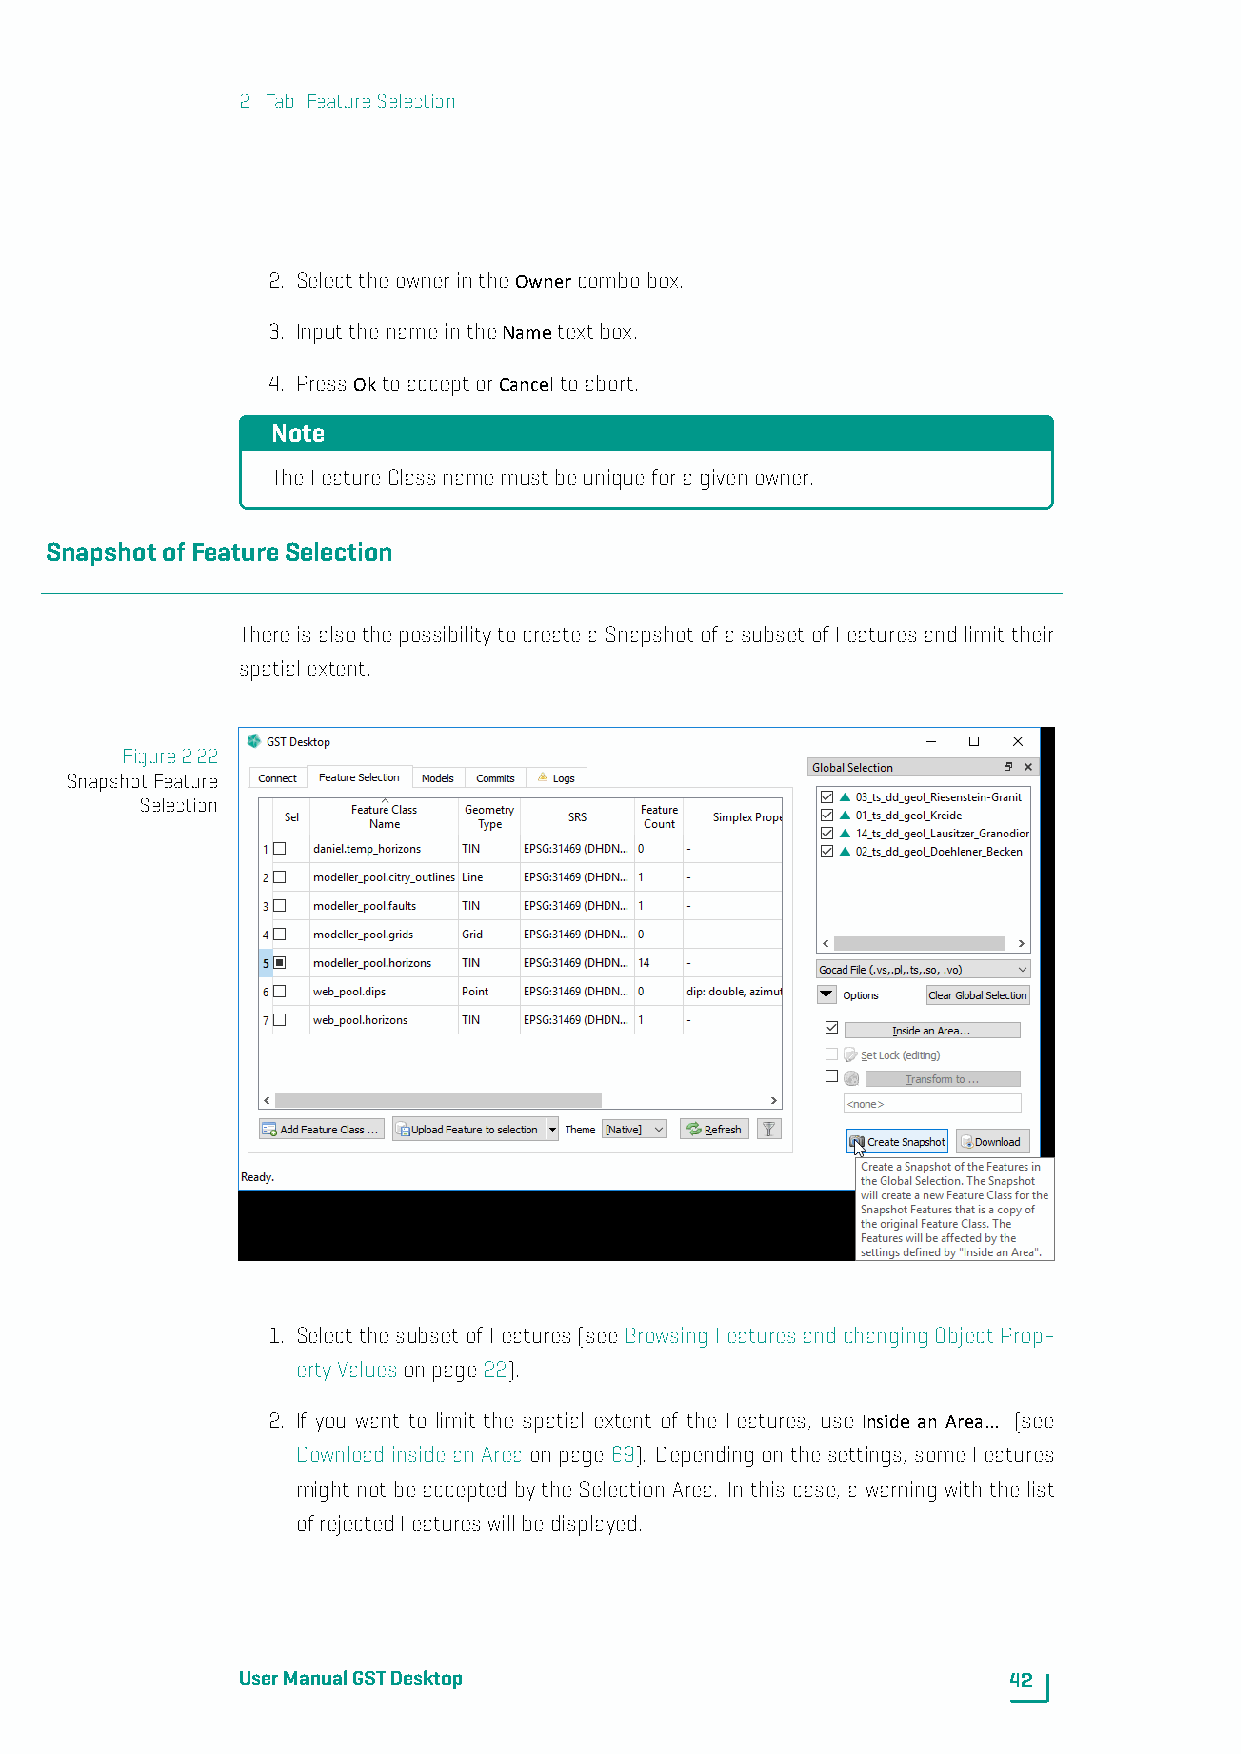
2. Tab: FeatureSelection
 2. SelecttheownerintheOwnercombobox.
 3. InputthenameintheNametextbox.
 4. PressOktoacceptorCanceltoabort.
 Note
 TheFeatureClassnamemustbeuniqueforagivenowner.
 SnapshotofFeatureSelection
 ThereisalsothepossibilitytocreateaSnapshotofasubsetofFeaturesandlimittheir
 spatialextent.
 Figure2.22
 SnapshotFeature
 Selection
 1. SelectthesubsetofFeatures(seeBrowsingFeaturesandchangingObjectProp-
 ertyValuesonpage22).
 2. If you want to limit the spatial extent of the Features, use Inside an Area... (see
 DownloadinsideanAreaonpage69). Dependingonthesettings,someFeatures
 might not be accepted by the Selection Area. In this case, a warning with the list
 ofrejectedFeatureswillbedisplayed.
 UserManualGSTDesktop                               42